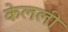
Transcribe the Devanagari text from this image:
केलली